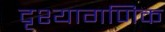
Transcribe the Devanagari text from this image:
दृश्यागणिक